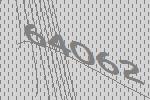
64062